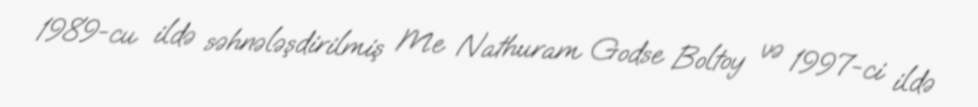
1989-cu ildə səhnələşdirilmiş Me Nathuram Godse Boltoy və 1997-ci ildə